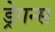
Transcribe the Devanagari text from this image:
ड्रेगन्स